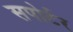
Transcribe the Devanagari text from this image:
सपोर्टर